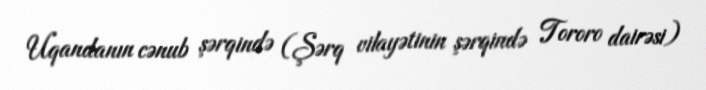
Uqandanın cənub şərqində (Şərq vilayətinin şərqində Tororo dairəsi)